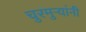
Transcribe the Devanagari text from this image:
चुरमुऱ्यांनी